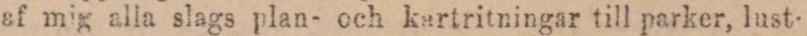
af mig alla slags plan- och kartritningar till parker, lust-